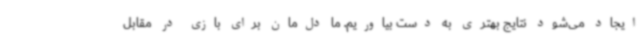
ایجاد می‌شود نتایج بهتری به دست بیاوریم. ما دل‌مان برای بازی در مقابل